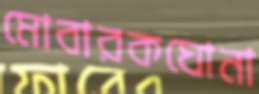
মোবারকঘোনা